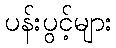
ပန်းပွင့်များ